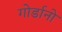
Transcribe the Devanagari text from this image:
गोर्डानो